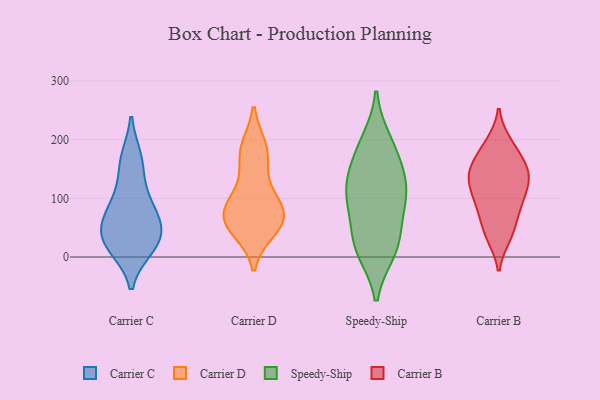
{"axis": {"x": "Energy Usage (MWh)", "y": "Value"}, "legend": ["Carrier B", "Carrier C", "Carrier D", "Speedy-Ship"], "data": [{"x": "", "y": 80, "type": "Carrier C"}, {"x": "", "y": 36, "type": "Carrier C"}, {"x": "", "y": 78, "type": "Carrier C"}, {"x": "", "y": 111, "type": "Carrier C"}, {"x": "", "y": 44, "type": "Carrier C"}, {"x": "", "y": 161, "type": "Carrier C"}, {"x": "", "y": 27, "type": "Carrier C"}, {"x": "", "y": 168, "type": "Carrier C"}, {"x": "", "y": 61, "type": "Carrier C"}, {"x": "", "y": 16, "type": "Carrier C"}, {"x": "", "y": 17, "type": "Carrier C"}, {"x": "", "y": 85, "type": "Carrier D"}, {"x": "", "y": 184, "type": "Carrier D"}, {"x": "", "y": 86, "type": "Carrier D"}, {"x": "", "y": 56, "type": "Carrier D"}, {"x": "", "y": 73, "type": "Carrier D"}, {"x": "", "y": 46, "type": "Carrier D"}, {"x": "", "y": 186, "type": "Carrier D"}, {"x": "", "y": 55, "type": "Carrier D"}, {"x": "", "y": 115, "type": "Carrier D"}, {"x": "", "y": 164, "type": "Carrier D"}, {"x": "", "y": 68, "type": "Carrier D"}, {"x": "", "y": 91, "type": "Speedy-Ship"}, {"x": "", "y": 198, "type": "Speedy-Ship"}, {"x": "", "y": 46, "type": "Speedy-Ship"}, {"x": "", "y": 105, "type": "Speedy-Ship"}, {"x": "", "y": 99, "type": "Speedy-Ship"}, {"x": "", "y": 117, "type": "Speedy-Ship"}, {"x": "", "y": 10, "type": "Speedy-Ship"}, {"x": "", "y": 22, "type": "Speedy-Ship"}, {"x": "", "y": 187, "type": "Speedy-Ship"}, {"x": "", "y": 144, "type": "Speedy-Ship"}, {"x": "", "y": 151, "type": "Speedy-Ship"}, {"x": "", "y": 13, "type": "Speedy-Ship"}, {"x": "", "y": 35, "type": "Carrier B"}, {"x": "", "y": 37, "type": "Carrier B"}, {"x": "", "y": 125, "type": "Carrier B"}, {"x": "", "y": 114, "type": "Carrier B"}, {"x": "", "y": 127, "type": "Carrier B"}, {"x": "", "y": 150, "type": "Carrier B"}, {"x": "", "y": 191, "type": "Carrier B"}, {"x": "", "y": 54, "type": "Carrier B"}, {"x": "", "y": 89, "type": "Carrier B"}, {"x": "", "y": 86, "type": "Carrier B"}, {"x": "", "y": 133, "type": "Carrier B"}, {"x": "", "y": 150, "type": "Carrier B"}, {"x": "", "y": 152, "type": "Carrier B"}, {"x": "", "y": 167, "type": "Carrier B"}, {"x": "", "y": 194, "type": "Carrier B"}, {"x": "", "y": 87, "type": "Carrier B"}]}